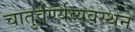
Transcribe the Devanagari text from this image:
चातुर्वर्ण्यव्यवस्थेने